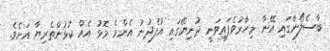
ބާސެލޯނާގައި އޭނާ މިހާރުވެފައިވަނީ ދުނިޔޭގައި އުފެދުނު އެންމެ މޮޅު އެއް ކުޅުންތެރިޔާ އަށެވެ.